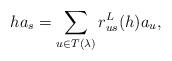
LaTeX: \begin{align*} ha_{s} =\sum_{u\in T(\lambda)}r^L_{us}(h)a_{u}, \end{align*}